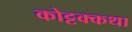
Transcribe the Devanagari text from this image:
कोट्टक्कथा